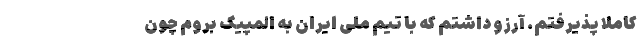
کاملاً پذیرفتم. آرزو داشتم که با تیم ملی ایران به المپیک بروم چون